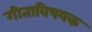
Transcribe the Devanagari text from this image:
गीताविषयक